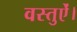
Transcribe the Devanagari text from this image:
वस्तुऐं।